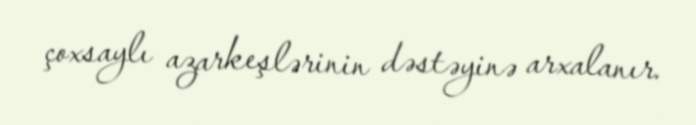
çoxsaylı azarkeşlərinin dəstəyinə arxalanır.